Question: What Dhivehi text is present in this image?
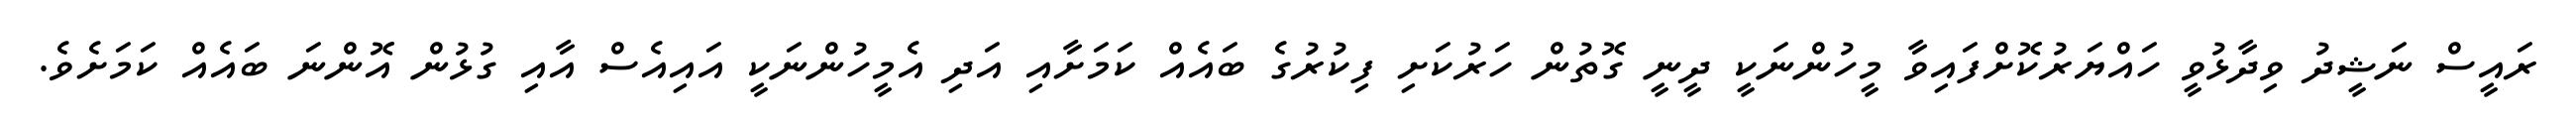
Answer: ރައީސް ނަޝީދު ވިދާޅުވީ ހައްޔަރުކޮށްފައިވާ މީހުންނަކީ ދީނީ ގޮތުން ހަރުކަށި ފިކުރުގެ ބައެއް ކަމަށާއި އަދި އެމީހުންނަކީ އައިއެސް އާއި ގުޅުން އޮންނަ ބައެއް ކަމަށެވެ.